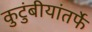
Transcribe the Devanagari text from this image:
कुटुंबीयांतर्फे